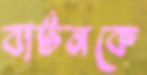
বার্টনকে